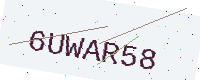
Text: 6UWAR58